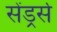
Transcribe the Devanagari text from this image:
सेंड्रर्स